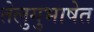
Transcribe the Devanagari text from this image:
तेलुगुभाषेत